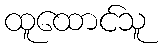
ထူထောင်သူ